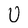
Character: U